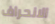
الانحراف